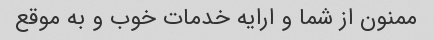
ممنون از شما و ارایه خدمات خوب و به موقع